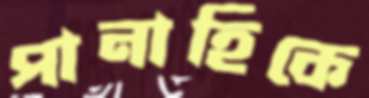
পানাহিকে